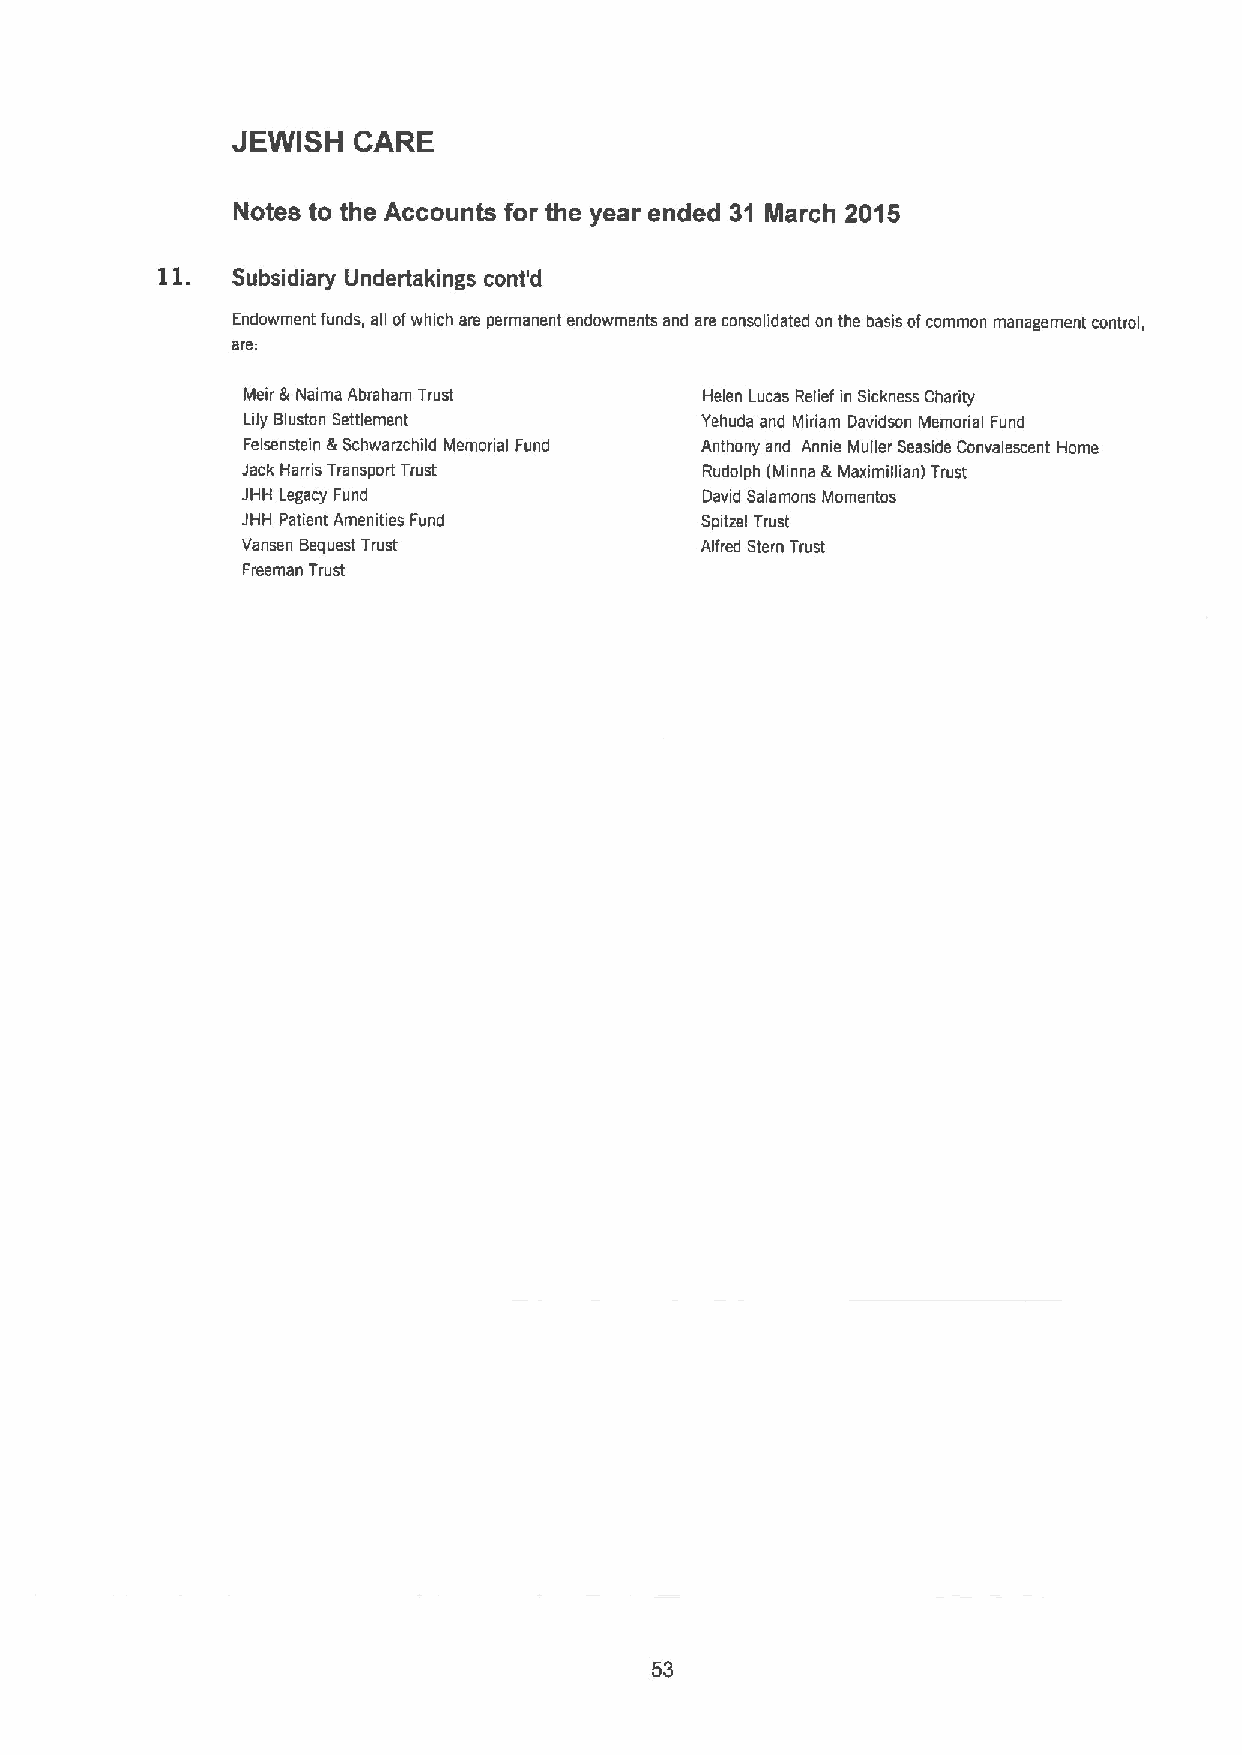
JEWISH  CARE
 Notes to the Accounts for the year ended 31 March 2015
 11.
 Subsidiary Undertakings cont'd
 Endowment funds, all ofwhich are permanent endowments and are consolidated on the basis ofcommon management control,
 are:
 Meir &Naima Abraham Trust      Helen Lucas Relief in Sickness Charity
 Lily Bluston Settlement       Yehuda and Miriam Davidson Memorial Fund
 Felsenstein &Schwarzchild Memorial Fund Anthony and Annie Muller Seaside Convalescent Home
 Jack Harris Transport Trust    Rudolph (Missa &Maximillian) Trust
 JHH Legacy Fund                David Salemons Momentos
 JHH Patient Amenities Fund    Spitzel Trust
 Vansen Bequest Trust          Alfred Stern Trust
 Freeman Trust
 53